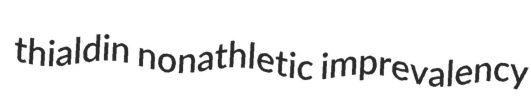
thialdin nonathletic imprevalency